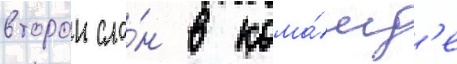
второи сло́н в кома́нд'е